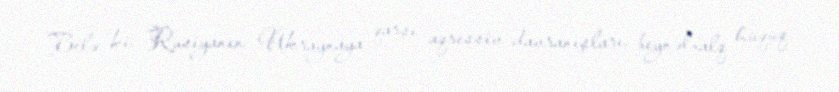
Belə ki, Rusiyanın Ukraynaya qarşı aqressiv davranışları, beynəlxalq hüquq